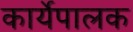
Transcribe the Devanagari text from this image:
कार्येपालक